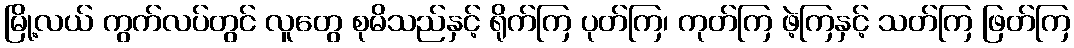
မြို့လယ် ကွက်လပ်တွင် လူတွေ စုမိသည်နှင့် ရိုက်ကြ ပုတ်ကြ၊ ကုတ်ကြ ဖဲ့ကြနှင့် သတ်ကြ ဖြတ်ကြ